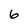
Character: 6